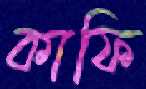
কাফি